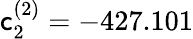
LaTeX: \mathsf{c}_{2}^{(2)}=-427.101